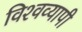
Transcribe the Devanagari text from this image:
विश्‍वव्‍यापी